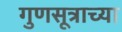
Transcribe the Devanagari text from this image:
गुणसूत्राच्या